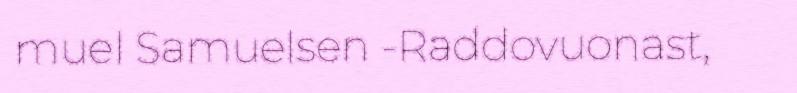
muel Samuelsen -Raddovuonast,